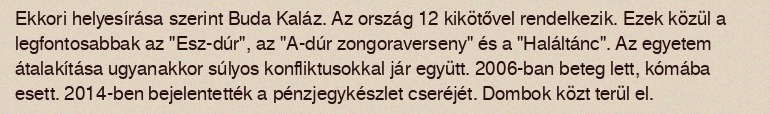
Ekkori helyesírása szerint Buda Kaláz. Az ország 12 kikötővel rendelkezik. Ezek közül a legfontosabbak az "Esz-dúr", az "A-dúr zongoraverseny" és a "Haláltánc". Az egyetem átalakítása ugyanakkor súlyos konfliktusokkal jár együtt. 2006-ban beteg lett, kómába esett. 2014-ben bejelentették a pénzjegykészlet cseréjét. Dombok közt terül el.